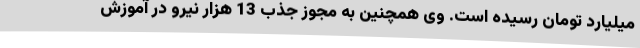
میلیارد تومان رسیده است. وی همچنین به مجوز جذب 13 هزار نیرو در آموزش